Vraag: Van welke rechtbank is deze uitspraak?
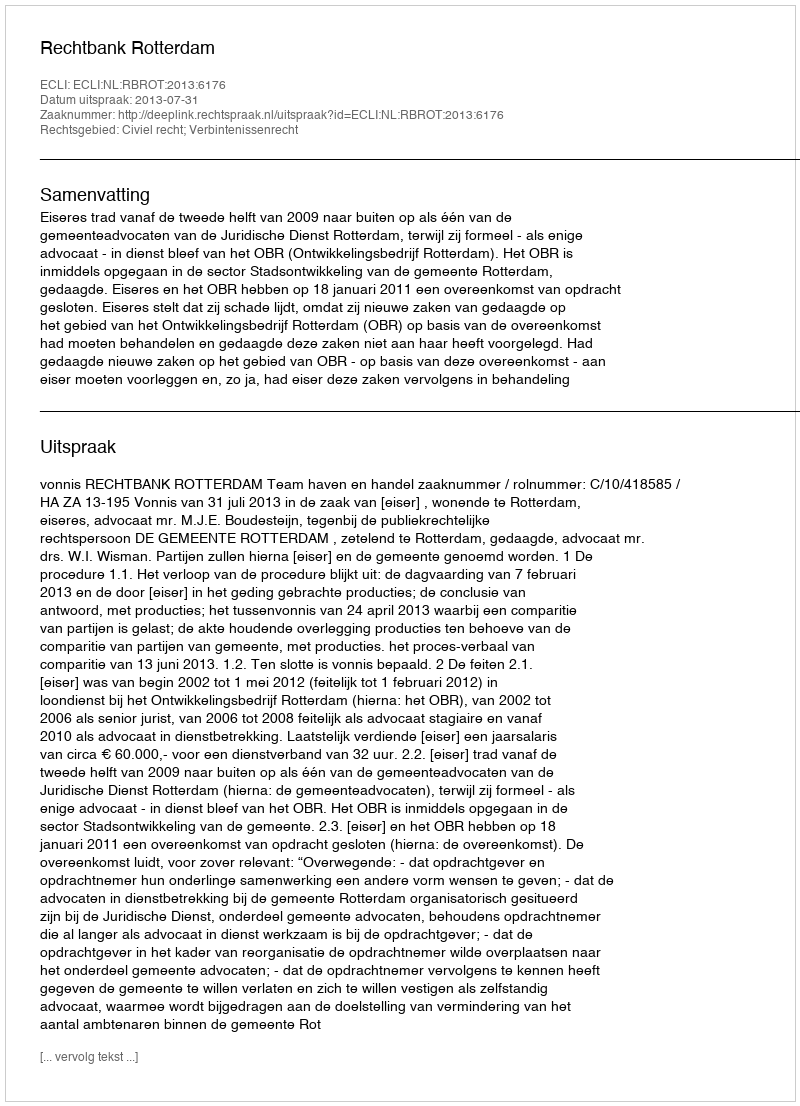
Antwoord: Rechtbank Rotterdam